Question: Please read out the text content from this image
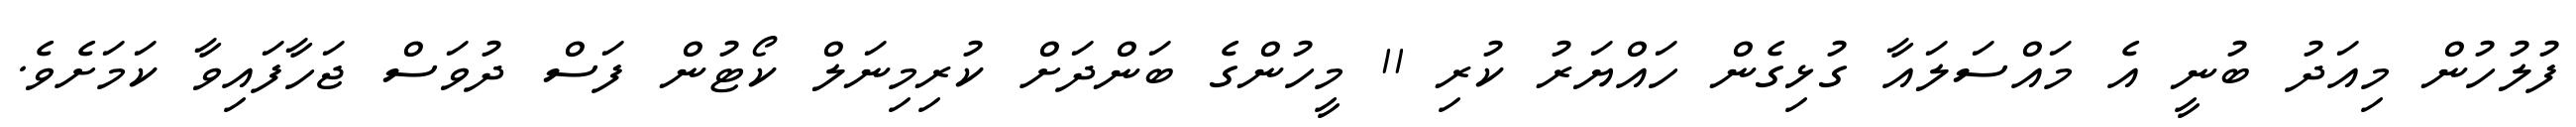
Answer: ފުލުހުން މިއަދު ބުނީ އެ މައްސަލައާ ގުޅިގެން ހައްޔަރު ކުރި 11 މީހުންގެ ބަންދަށް ކުރިމިނަލް ކޯޓުން ފަސް ދުވަސް ޖަހާފައިވާ ކަމަށެވެ.